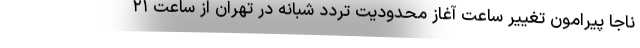
ناجا پیرامون تغییر ساعت آغاز محدودیت تردد شبانه در تهران از ساعت ۲۱